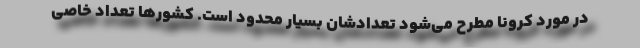
در مورد کرونا مطرح می‌شود تعدادشان بسیار محدود است. کشورها تعداد خاصی